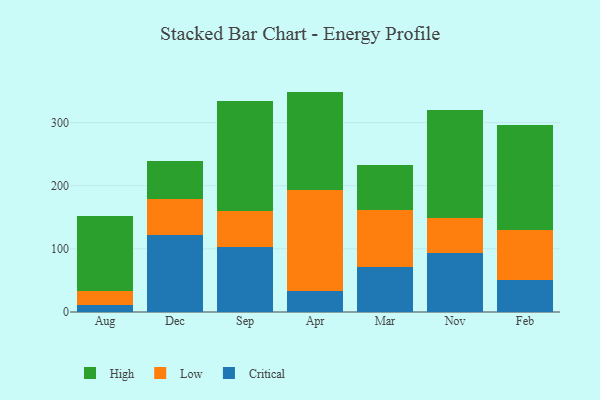
{"axis": {"x": "Month", "y": "Population (Million)"}, "legend": ["Critical", "High", "Low"], "data": [{"x": "Aug", "y": 11.6, "type": "Critical"}, {"x": "Aug", "y": 21.0, "type": "Low"}, {"x": "Aug", "y": 119.6, "type": "High"}, {"x": "Dec", "y": 122.5, "type": "Critical"}, {"x": "Dec", "y": 56.8, "type": "Low"}, {"x": "Dec", "y": 59.9, "type": "High"}, {"x": "Sep", "y": 102.2, "type": "Critical"}, {"x": "Sep", "y": 58.3, "type": "Low"}, {"x": "Sep", "y": 173.8, "type": "High"}, {"x": "Apr", "y": 32.8, "type": "Critical"}, {"x": "Apr", "y": 160.0, "type": "Low"}, {"x": "Apr", "y": 156.3, "type": "High"}, {"x": "Mar", "y": 71.2, "type": "Critical"}, {"x": "Mar", "y": 90.4, "type": "Low"}, {"x": "Mar", "y": 71.6, "type": "High"}, {"x": "Nov", "y": 92.9, "type": "Critical"}, {"x": "Nov", "y": 55.7, "type": "Low"}, {"x": "Nov", "y": 171.4, "type": "High"}, {"x": "Feb", "y": 51.4, "type": "Critical"}, {"x": "Feb", "y": 77.7, "type": "Low"}, {"x": "Feb", "y": 167.1, "type": "High"}]}